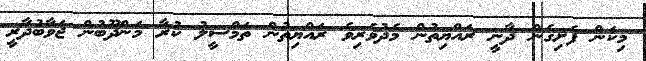
މިކަން ފެށިގެން ދާނީ ރައްޔިތުން މެދުވެރިވެ ރައްޔިތުން ތަމްސީލު ކުރާ މަންދޫބުން ޖަވާބުދާރީ